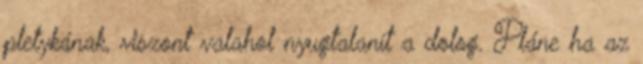
pletykának, viszont valahol nyugtalanít a dolog. Pláne ha az